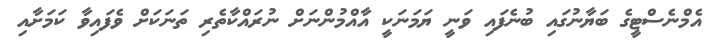
އެމްނެސްޓީގެ ބަޔާނުގައި ބުނެފައި ވަނީ ޔަމަނަކީ އާއްމުންނަށް ނުރައްކާތެރި ތަނަކަށް ވެފައިވާ ކަމަށާއި